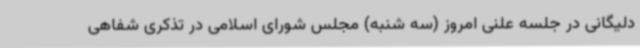
دلیگانی در جلسه علنی امروز (سه شنبه) مجلس شورای اسلامی در تذکری شفاهی